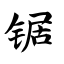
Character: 锯